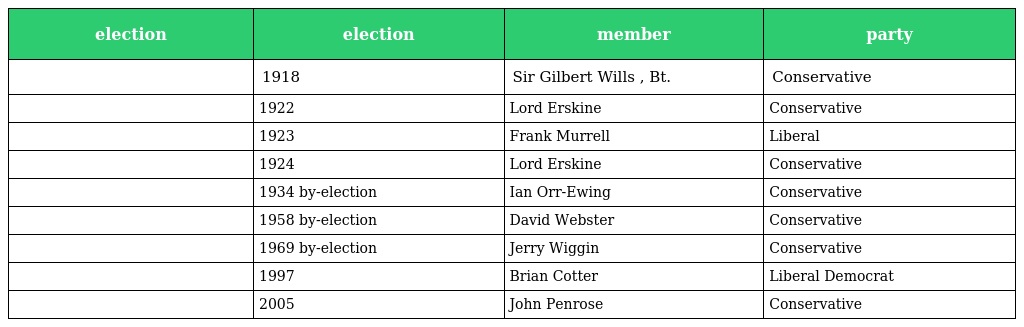
| election | election | member | party |
 | --- | --- | --- | --- |
 |  | 1918 | Sir Gilbert Wills , Bt. | Conservative |
 |  | 1922 | Lord Erskine | Conservative |
 |  | 1923 | Frank Murrell | Liberal |
 |  | 1924 | Lord Erskine | Conservative |
 |  | 1934 by-election | Ian Orr-Ewing | Conservative |
 |  | 1958 by-election | David Webster | Conservative |
 |  | 1969 by-election | Jerry Wiggin | Conservative |
 |  | 1997 | Brian Cotter | Liberal Democrat |
 |  | 2005 | John Penrose | Conservative |